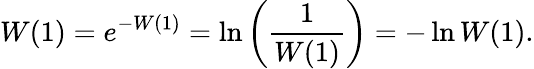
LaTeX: W(1)=e^{-W(1)}=\ln\left({\frac{1}{W(1)}}\right)=-\ln W(1).